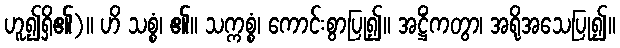
ဟူ၍ရှိ၏)။ ဟိ သစ္စံ၊ ၏။ သက္ကစ္စံ၊ ကောင်းစွာပြု၍။ အဋ္ဌိံကတွာ၊ အရိုအသေပြု၍။